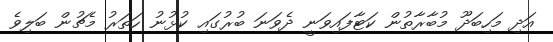
އަދި މަހިބަދޫ މުބާރާތުން ކަޓާފައިވަނީ ދެވަނަ ބުރުގައި ކުޅުނު ހަތަރު މެޗުން ބަލިވެ